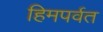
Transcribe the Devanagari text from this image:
हिमपर्वत